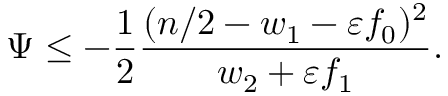
\Psi \le - \frac 1 2 \frac { ( n / 2 - w _ { 1 } - \varepsilon f _ { 0 } ) ^ { 2 } } { w _ { 2 } + \varepsilon f _ { 1 } } .